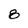
Character: 8